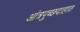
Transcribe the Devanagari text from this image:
आंत्रपुच्छदाहात